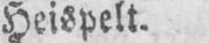
Heispelt.